Madras plague regulations in force outside the Presidency town - Volume 3
Disease focus: Plague
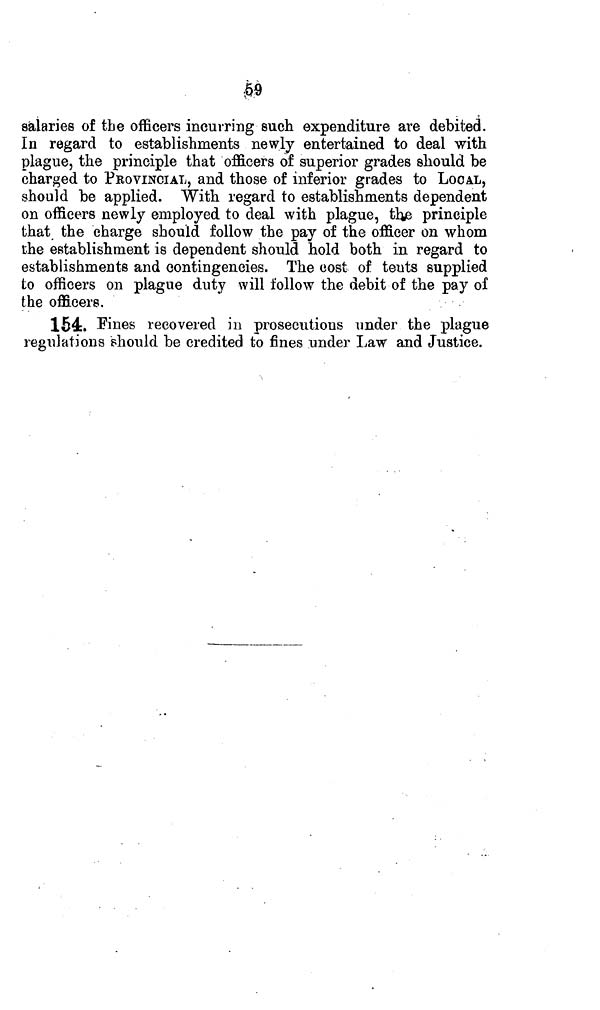
&
asalaries of the officers incurring such expenditure are debited.
In regard to establishments newly entertained to deal with
plague, the principle that officers of superior grades should be
charged to PROVINCIAL, and those of inferior grades to LOCAL,
should be applied. With regard to establishments dependent
on officers newly employed to deal with plague, tine principle
that the charge should follow the pay of the officer on whom
the establishment is dependent should hold both in regard to
establishments and contingencies. The cost of tents supplied
to officers on plague duty will follow the debit of the pay of
the officers.
154:. Fines recovered in prosecutions under the plague
regulations should be credited to fines under Law and Justice.